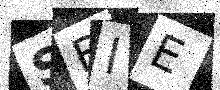
Text: SBIE